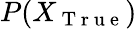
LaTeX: P(X_{\mathrm{~T~r~u~e~}})